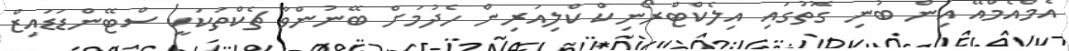
އެމްއެމްއޭ އިން ބުނި ގޮތުގައި އިލެކްޓްރޯނިކް ކްލިއަރިން ހެދުމަށް ބޭނުންވާ ޗެކްތަކަކީ ސްޓޭންޑަޑައިޒް